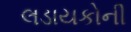
લડાયકોની